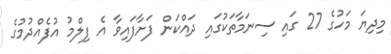
މިދިޔަ މަހުގެ 27 ގައި ސިނަމާތަކުގައި ދައްކަން ފަށާފައިވާ އެ ފިލްމު އުފެއްދުމުގެ